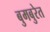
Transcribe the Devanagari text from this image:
बुमबुरेत